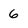
Character: 6